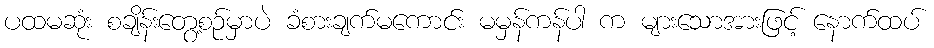
ပထမဆုံး စချိန်းတွေ့စဉ်မှာပဲ ခံစားချက်မကောင်း မမှန်ကန်ပါ က များသောအားဖြင့် နောက်ထပ်